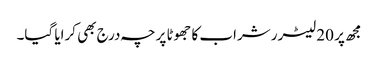
مجھ پر 20 لیٹرر شراب کا جھوٹا پرچہ درج بھی کرایا گیا۔